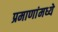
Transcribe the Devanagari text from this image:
प्रमाणांमध्ये